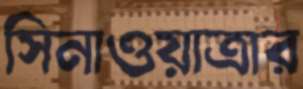
সিনাওয়াত্রার